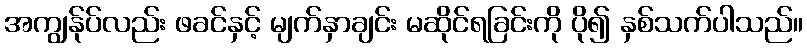
အကျွန်ုပ်လည်း ဖခင်နှင့် မျက်နှာချင်း မဆိုင်ရခြင်းကို ပို၍ နှစ်သက်ပါသည်။